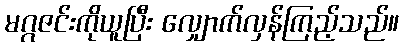
မဂ္ဂဇင်းကိုယူပြီး လျှောက်လှန်ကြည့်သည်။